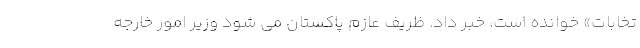
تخابات» خوانده است، خبر داد. ظریف عازم پاکستان می شود وزیر امور خارجه